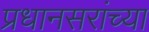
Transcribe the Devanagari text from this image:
प्रधानसरांच्या